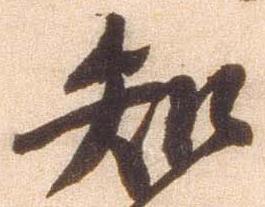
知